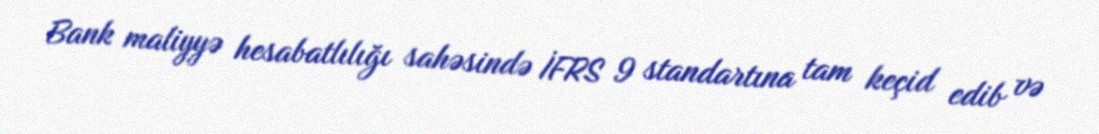
Bank maliyyə hesabatlılığı sahəsində İFRS 9 standartına tam keçid edib və